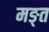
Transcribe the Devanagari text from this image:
मङ्त